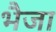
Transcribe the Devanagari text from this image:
भैजा